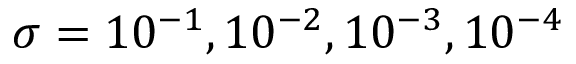
\sigma = 1 0 ^ { - 1 } , 1 0 ^ { - 2 } , 1 0 ^ { - 3 } , 1 0 ^ { - 4 }